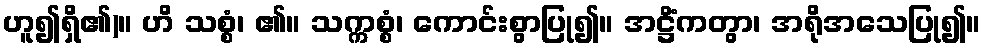
ဟူ၍ရှိ၏)။ ဟိ သစ္စံ၊ ၏။ သက္ကစ္စံ၊ ကောင်းစွာပြု၍။ အဋ္ဌိံကတွာ၊ အရိုအသေပြု၍။